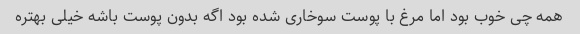
همه چی خوب بود اما مرغ با پوست سوخاری شده بود اگه بدون پوست باشه خیلی بهتره